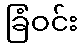
ခြံဝင်း